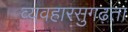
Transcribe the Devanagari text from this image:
व्यवहारसुगढ़ता